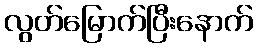
လွတ်မြောက်ပြီးနောက်